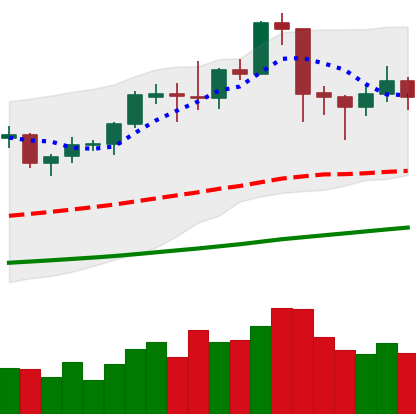
Ticker: ETC-USD
Chart end date: 2019-06-09
Forward return: 4.737%
Label: up_3_5